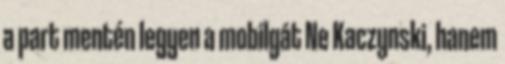
a part mentén legyen a mobilgát Ne Kaczynski, hanem